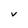
Character: v